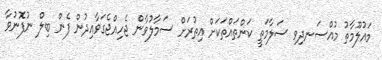
މައުލޫމާތު މުއްސަނދިވި ސަލާމަތީ ކަންތައްތަކަށް އިތުރަށް ސަމާލުވާން ޖެހިއްޖެގަވާއިދުން ފެން ބިލް ނުފޮނުވާ